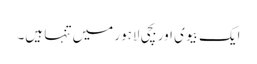
ایک بیوی اور بچی لاہور میں تنہا ہیں۔